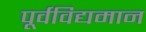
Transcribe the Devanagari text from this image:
पूर्वविद्यमान